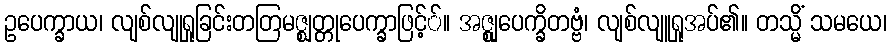
ဥပေက္ခာယ၊ လျစ်လျုရှုခြင်းတတြမဇ္ဈတ္တုပေက္ခာဖြင့််။ အဇ္ဈုပေက္ခိတဗ္ဗံ၊ လျစ်လျူရှုအပ်၏။ တသ္မိံ သမယေ၊